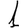
Digit: 1